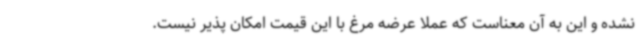
نشده و این به آن معناست که عملاً عرضه مرغ با این قیمت امکان پذیر نیست.